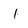
Character: I